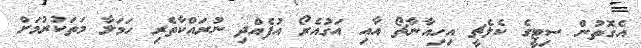
އެގޮތުން ސިޓީގެ ކެލެޗީ އިހިއާނާޗޯ އާއި އަގުއެރޯ އުފެއްދި ނުރައްކާތެރި ހަމަލާ މަތަކުރުމަށް